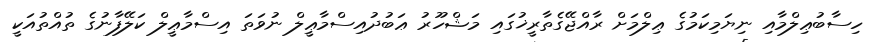
ހިސާބުޢިލްމާއި ނިޔަމިކަމުގެ ޢިލްމަށް ރާއްޖޭގެތާރީޚުގައި މަޝްހޫރު ޢަބުދުއިސްމާޢީލް ނުވަތަ އިސްމާޢީލް ކަލޭފާނުގެ ތުއްތުއަކީ